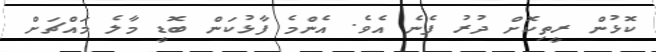
ކޮޅުން ރީތިކޮށް ދުރު ފެނެ އެވެ. އެންމެ ފާޅުކަން ބޮޑީ މާލެ މައްޗަށް